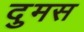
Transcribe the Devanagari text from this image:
दुमस